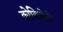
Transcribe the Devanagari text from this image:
कोकिळेचे